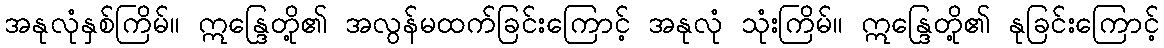
အနုလုံနှစ်ကြိမ်။ ဣန္ဒြေတို့၏ အလွန်မထက်ခြင်းကြောင့် အနုလုံ သုံးကြိမ်။ ဣန္ဒြေတို့၏ နုခြင်းကြောင့်